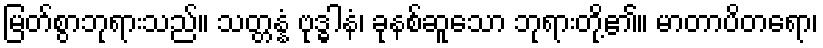
မြတ်စွာဘုရားသည်။ သတ္တန္နံ ဗုဒ္ဓါနံ၊ ခုနစ်ဆူသော ဘုရားတို့၏။ မာတာပိတရော၊